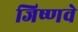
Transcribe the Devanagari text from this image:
जिष्णवे